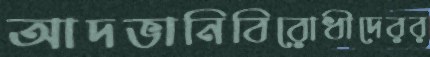
আদভানিবিরোধীদেরর